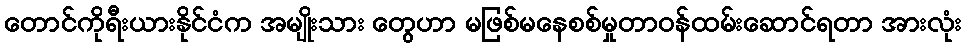
တောင်ကိုရီးယားနိုင်ငံက အမျိုးသား တွေဟာ မဖြစ်မနေစစ်မှုတာဝန်ထမ်းဆောင်ရတာ အားလုံး